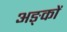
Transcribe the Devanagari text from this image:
अङ्कों